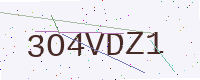
Text: 3O4VDZ1